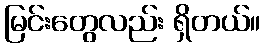
မြင်းတွေလည်း ရှိတယ်။